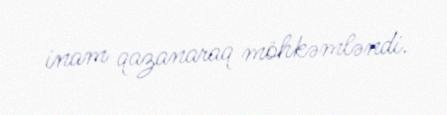
inam qazanaraq möhkəmləndi.